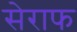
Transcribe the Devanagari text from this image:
सेराफ